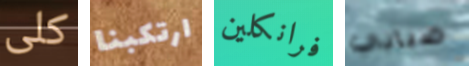
كلى ارتكبنا فرانكلين ضبابي